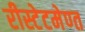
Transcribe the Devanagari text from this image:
रीस्टेटमेण्त